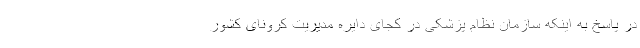
در پاسخ به اینکه سازمان نظام پزشکی در کجای دایره مدیریت کرونای کشور